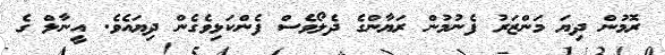
ރޮމުން ދިޔަ މަންޒަރު ފެނުމުން ރަޔާންގެ ދެލޯވެސް ފެންކަޅިވެގެން ދިޔައެވެ. އީނާލް ގެ